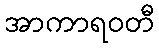
အာကာရဝတီ